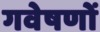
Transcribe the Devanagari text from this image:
गवेषणों